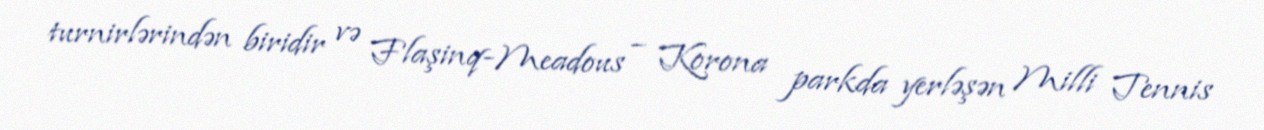
turnirlərindən biridir və Flaşinq-Meadous – Korona parkda yerləşən Milli Tennis